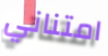
امتناني